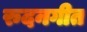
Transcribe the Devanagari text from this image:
रुदनगीत